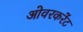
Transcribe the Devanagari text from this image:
ओवरकरेंट